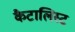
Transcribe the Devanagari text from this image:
कैटालिस्ट